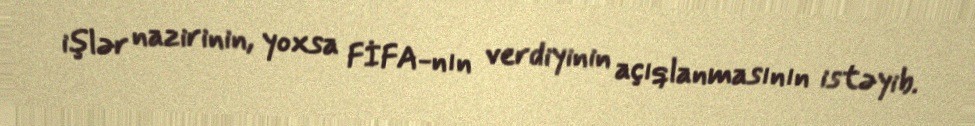
işlər nazirinin, yoxsa FİFA-nın verdiyinin açıqlanmasının istəyib.